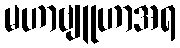
မဟာဗျူဟာအရ